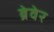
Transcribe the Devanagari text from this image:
ब्रेवेर